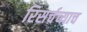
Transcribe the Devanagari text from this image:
रिसर्चच्याच